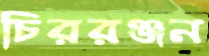
চিররঞ্জন